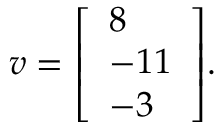
v = { \left[ \begin{array} { l } { 8 } \\ { - 1 1 } \\ { - 3 } \end{array} \right] } .